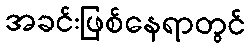
အခင်းဖြစ်နေရာတွင်